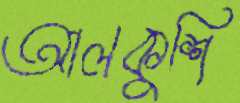
আলকুশি